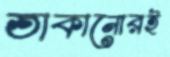
তাকানোরই